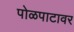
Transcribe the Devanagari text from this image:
पोळपाटावर